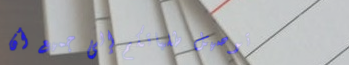
توصيل طلباتكم إلى جميع أن